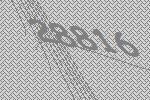
28816